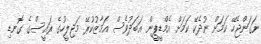
ނަގަންޖެހޭ ކަމަށް ނުދެކޭ ކަމަށް އެމްޑީޕީން އަބަދުވެސް އަމާޒުކުރޭ މަޖިލީހުގެ ރައީސްގެ ގޮނޑި